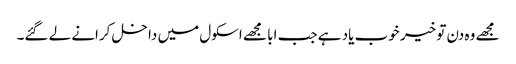
مجھے وہ دن تو خیر خوب یاد ہے جب ابا مجھے اسکول میں داخل کرانے لے گئے۔